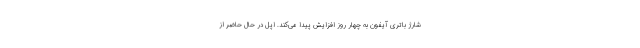
شارژ باتری آیفون به چهار روز افزایش پیدا می‌کند. اپل در حال حاضر از